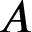
A